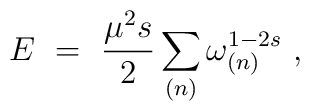
E\ =\ \frac {\mu^2 s}{2}\sum_{(n)} \omega_{(n)}^{1-2s}\ ,